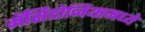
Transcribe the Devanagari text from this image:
मॅसिडोनियामध्ये